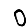
Digit: 0